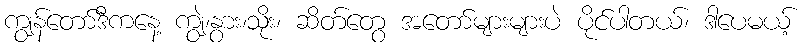
ကျွန်တော်ဒီကနေ့ ကျွဲ၊နွား၊သိုး၊ ဆိတ်တွေ အတော်များများပဲ ပိုင်ပါတယ်၊ ဒါပေမယ့်